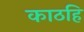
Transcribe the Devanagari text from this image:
काठहि